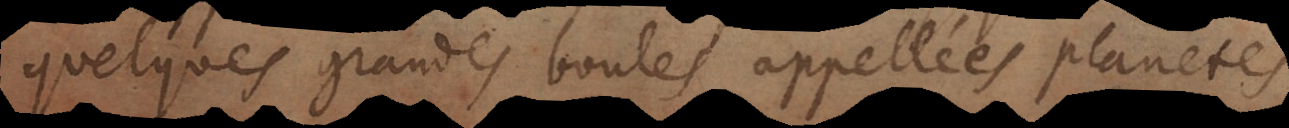
quelques grandes boules appellées planete